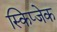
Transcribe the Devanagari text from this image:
स्किप्जेक